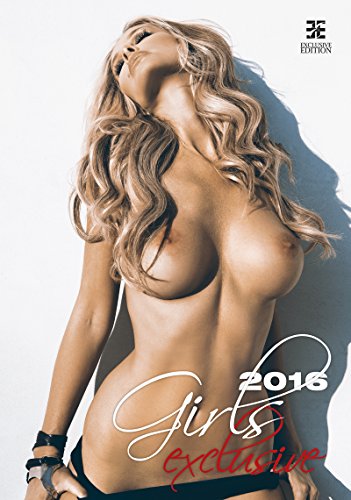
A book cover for Girls Exclusive Wall Calendar 2016 - Adult Calendar - Partial Nude Calendar - Erotic Calendars - Poster Calendar - Female Models By Helma; MegaCalendars; Calendars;